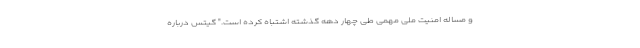
و مساله امنیت ملی مهمی طی چهار دهه گذشته اشتباه کرده است." گیتس درباره